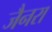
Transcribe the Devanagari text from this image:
जैनरा